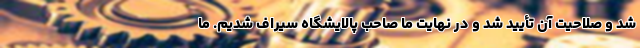
شد و صلاحیت آن تأیید شد و در نهایت ما صاحب پالایشگاه سیراف شدیم. ما